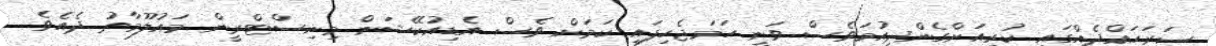
ސަރަޙައްދެއްގައި ކުރިއަށްގެންދިއުމަވެސް ވަނީ ހަމަޖެހިފައި ކަމަށް ވެސް އެޑިއުކޭޝަން މިނިސްޓްރީން މައުލޫމާތު ދެއެވެ.